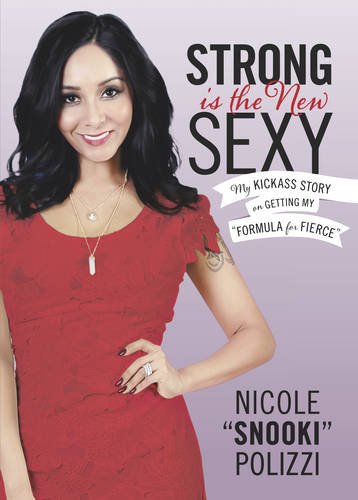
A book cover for Strong Is the New Sexy: My Kickass Story on Getting My EEFormula for FierceEE; Nicole Polizzi; Biographies & Memoirs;